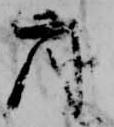
座